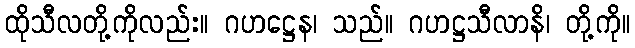
ထိုသီလတို့ကိုလည်း။ ဂဟဋ္ဌေန၊ သည်။ ဂဟဋ္ဌသီလာနိ၊ တို့ကို။